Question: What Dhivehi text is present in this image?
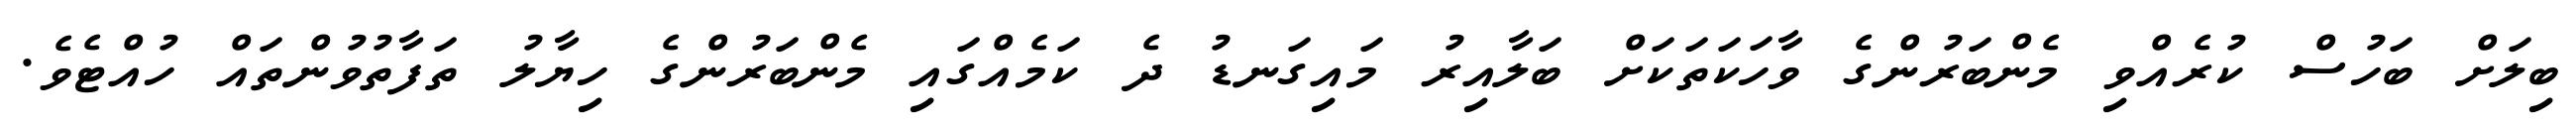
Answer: ބިލަށް ބަހުސް ކުރެއްވި މެންބަރުންގެ ވާހަކަތަކަށް ބަލާއިރު މައިގަނޑު ދެ ކަމެއްގައި މެންބަރުންގެ ހިޔާލު ތަފާތުވުންތައް ހުއްޓެވެ.